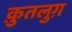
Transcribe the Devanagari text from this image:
क़ुतलुग़